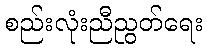
စည်းလုံးညီညွတ်ရေး